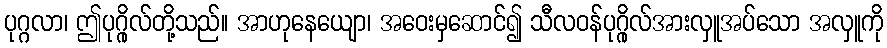
ပုဂ္ဂလာ၊ ဤပုဂ္ဂိုလ်တို့သည်။ အာဟုနေယျော၊ အဝေးမှဆောင်၍ သီလဝန်ပုဂ္ဂိုလ်အားလှူအပ်သော အလှူကို